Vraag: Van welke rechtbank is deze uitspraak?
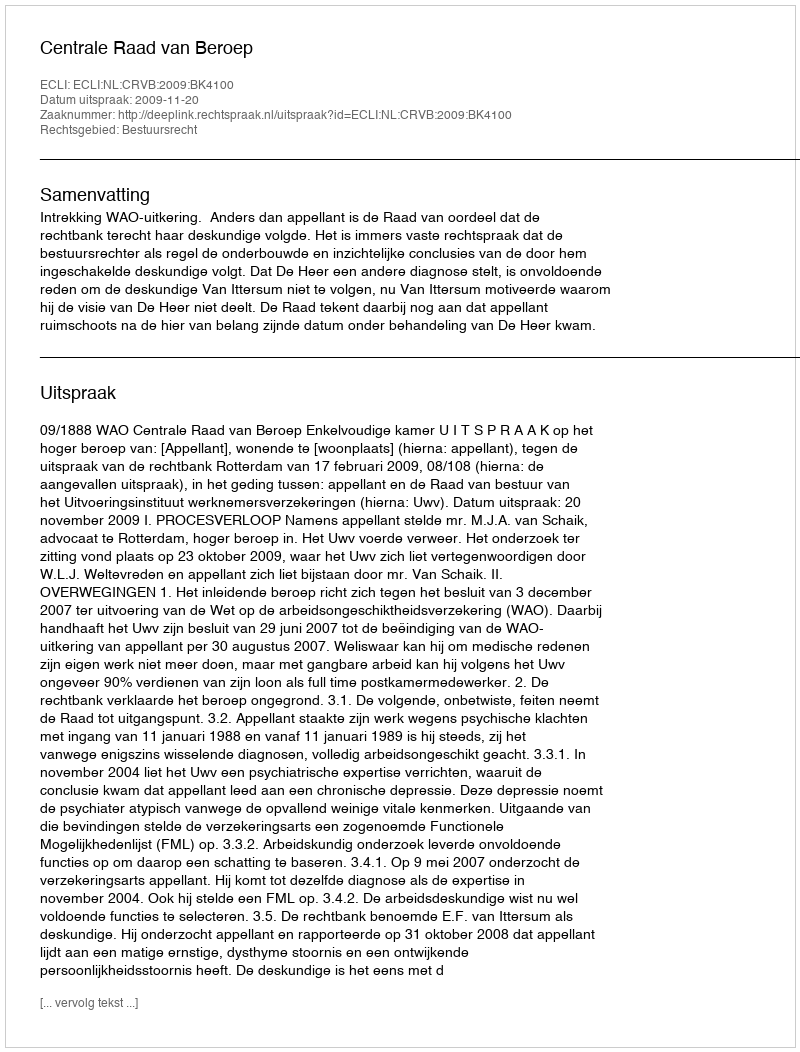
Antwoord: Centrale Raad van Beroep